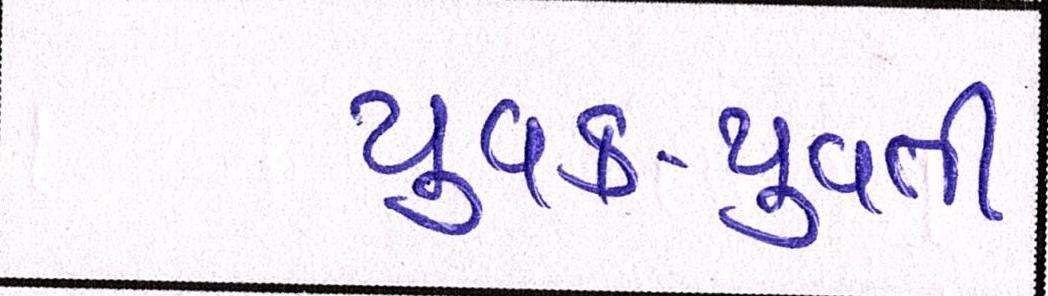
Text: યુવક-યુવતી